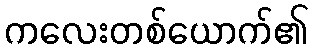
ကလေးတစ်ယောက်၏